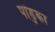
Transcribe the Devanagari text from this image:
पांडुका